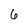
Character: 6